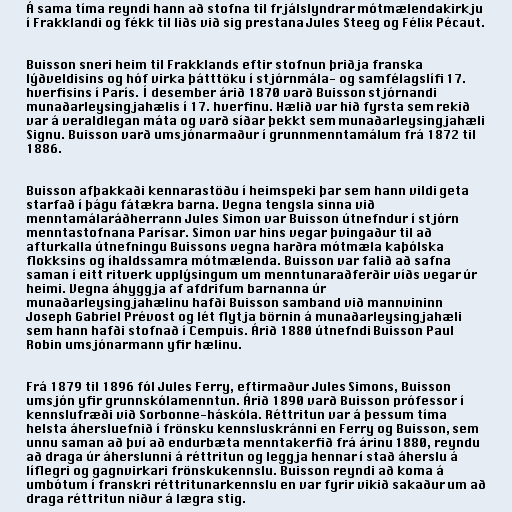
Á sama tíma reyndi hann að stofna til frjálslyndrar mótmælendakirkju
í Frakklandi og fékk til liðs við sig prestana Jules Steeg og Félix Pécaut.

Buisson sneri heim til Frakklands eftir stofnun þriðja franska
lýðveldisins og hóf virka þátttöku í stjórnmála- og samfélagslífi 17.
hverfisins í París. Í desember árið 1870 varð Buisson stjórnandi
munaðarleysingjahælis í 17. hverfinu. Hælið var hið fyrsta sem rekið
var á veraldlegan máta og varð síðar þekkt sem munaðarleysingjahæli
Signu. Buisson varð umsjónarmaður í grunnmenntamálum frá 1872 til
1886.

Buisson afþakkaði kennarastöðu í heimspeki þar sem hann vildi geta
starfað í þágu fátækra barna. Vegna tengsla sinna við
menntamálaráðherrann Jules Simon var Buisson útnefndur í stjórn
menntastofnana Parísar. Simon var hins vegar þvingaður til að
afturkalla útnefningu Buissons vegna harðra mótmæla kaþólska
flokksins og íhaldssamra mótmælenda. Buisson var falið að safna
saman í eitt ritverk upplýsingum um menntunaraðferðir víðs vegar úr
heimi. Vegna áhyggja af afdrifum barnanna úr
munaðarleysingjahælinu hafði Buisson samband við mannvininn
Joseph Gabriel Prévost og lét flytja börnin á munaðarleysingjahæli
sem hann hafði stofnað í Cempuis. Árið 1880 útnefndi Buisson Paul
Robin umsjónarmann yfir hælinu.

Frá 1879 til 1896 fól Jules Ferry, eftirmaður Jules Simons, Buisson
umsjón yfir grunnskólamenntun. Árið 1890 varð Buisson prófessor í
kennslufræði við Sorbonne-háskóla. Réttritun var á þessum tíma
helsta áhersluefnið í frönsku kennsluskránni en Ferry og Buisson, sem
unnu saman að því að endurbæta menntakerfið frá árinu 1880, reyndu
að draga úr áherslunni á réttritun og leggja hennar í stað áherslu á
líflegri og gagnvirkari frönskukennslu. Buisson reyndi að koma á
umbótum í franskri réttritunarkennslu en var fyrir vikið sakaður um að
draga réttritun niður á lægra stig.